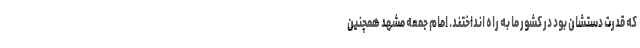
که قدرت دستشان بود در کشور ما به راه انداختند. امام جمعه مشهد همچنین